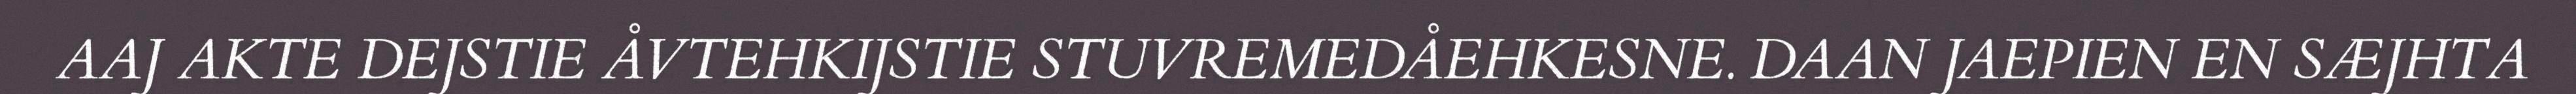
AAJ AKTE DEJSTIE ÅVTEHKIJSTIE STUVREMEDÅEHKESNE. DAAN JAEPIEN EN SÆJHTA